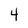
Character: 4